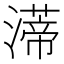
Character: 𤀐